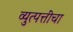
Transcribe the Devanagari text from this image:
व्युत्पत्तींचा